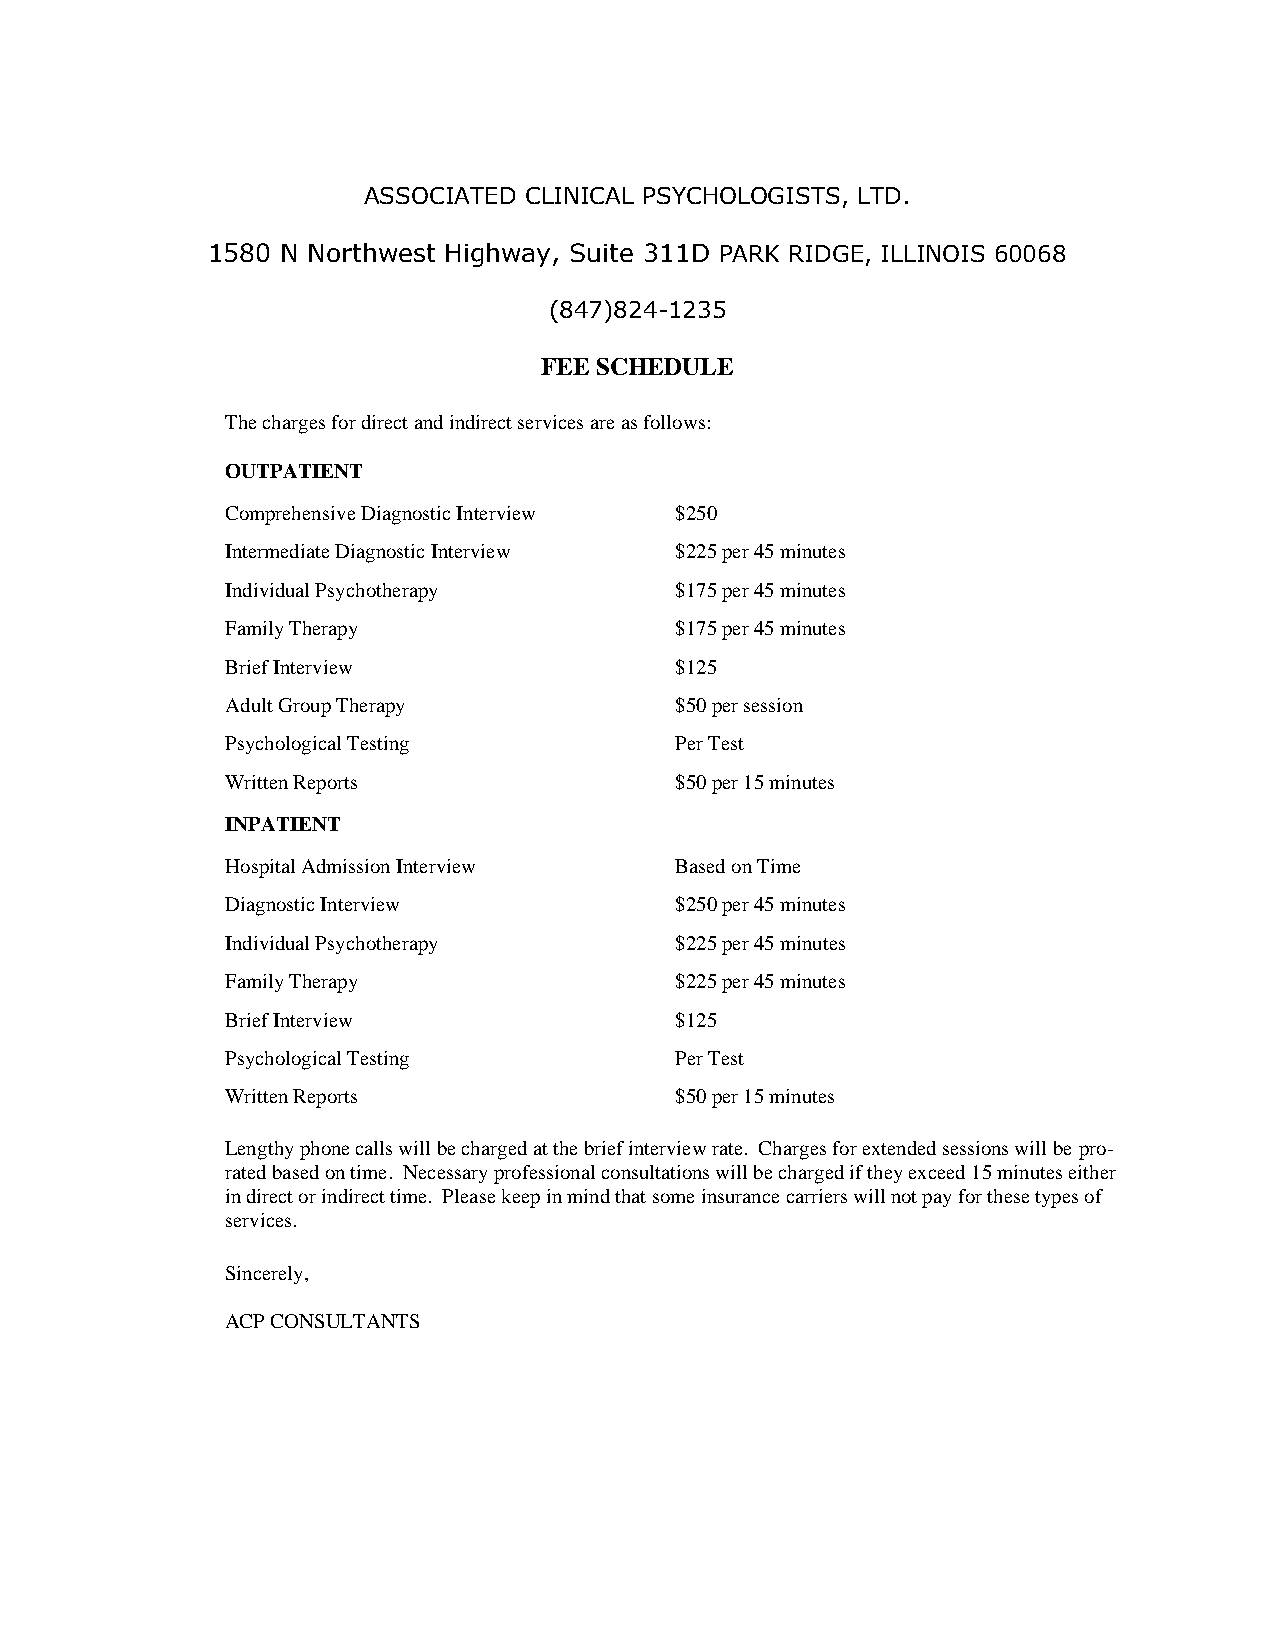
ASSOCIATED CLINICAL PSYCHOLOGISTS, LTD.
 1580 N Northwest Highway, Suite 311D PARK RIDGE, ILLINOIS 60068
 (847)824-1235
 FEE SCHEDULE
 The charges for direct and indirect services are as follows:
 OUTPATIENT
 Comprehensive Diagnostic Interview $250
 Intermediate Diagnostic Interview $225 per 45 minutes
 Individual Psychotherapy      $175 per 45 minutes
 Family Therapy                $175 per 45 minutes
 Brief Interview               $125
 Adult Group Therapy           $50 per session
 Psychological Testing         Per Test
 Written Reports               $50 per 15 minutes
 INPATIENT
 Hospital Admission Interview  Based on Time
 Diagnostic Interview          $250 per 45 minutes
 Individual Psychotherapy      $225 per 45 minutes
 Family Therapy                $225 per 45 minutes
 Brief Interview               $125
 Psychological Testing         Per Test
 Written Reports               $50 per 15 minutes
 Lengthy phone calls will be charged at the brief interview rate. Charges for extended sessions will be pro-
 rated based on time. Necessary professional consultations will be charged if they exceed 15 minutes either
 in direct or indirect time. Please keep in mind that some insurance carriers will not pay for these types of
 services.
 Sincerely,
 ACP CONSULTANTS